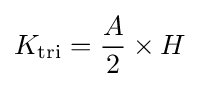
K_{\text{tri}}={\frac {A}{2}}\times H